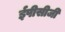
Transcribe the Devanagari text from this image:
ईपीसीजी